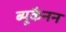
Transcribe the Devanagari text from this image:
ब्यूकैनन